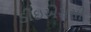
ડીઇએસસી